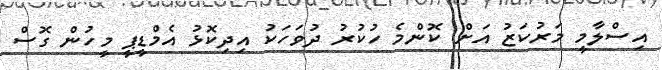
އިސްލާމީ މަރުކަޒު އަށް ކޮންމެ ހުކުރު ދުވަހަކު އިދިކޮޅު އެމްޑީޕީ މީހުން ގޮސް